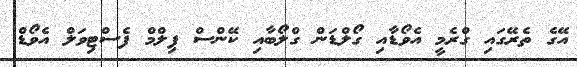
އޭގެ ތެރޭގައި ގްރެމީ އެވޯޑާއި ގޯލްޑަން ގްލޯބާއި ކޭންސް ފިލްމް ފެސްޓިވަލް އެވޯޑް